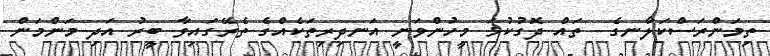
ތިމަންރަސްކަލާނގެ  ތައް ދޮގުކުޅަ މީހުންވަނީ އަނދިރިތަކެއްގެ ތެރޭގައިވާ ބީރު އަދި މަންމަން